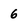
Character: 6